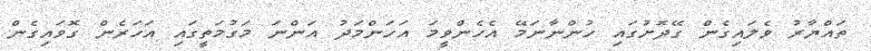
ތައްޔާރު ވެލައިގެން ގޭދޮށުގައި ހުންނާނަމޭ އެހެންވީމަ އަހަންމަދު އަންނަ މަގުމަތީގައި އަހަރެން ގޮވައިގެން